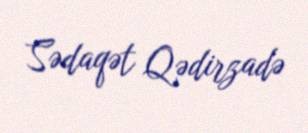
Sədaqət Qədirzadə